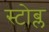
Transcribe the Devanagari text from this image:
स्टोब्ल